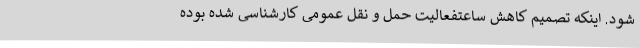
شود. اینکه تصمیم کاهش ساعتفعالیت حمل و نقل عمومی کارشناسی شده بوده